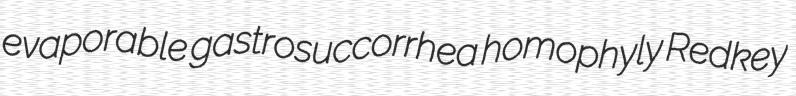
evaporable gastrosuccorrhea homophyly Redkey